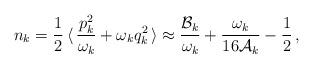
LaTeX: \begin{align*}n_{k} = \frac{1}{2}\, \langle \,\frac{p_{k}^{2}}{\omega _{k}} +\omega _{k}q_{k}^{2}\, \rangle \approx \frac{{\cal B}_{k}}{\omega _{k}} + \frac{\omega _{k}}{16{\cal A}_{k}} - \frac{1}{2} \,,\end{align*}